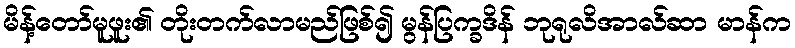
မိန့်တော်မူဖူး၏ တိုးတက်လာမည်ဖြစ်၍ မွန်ပြက္ခဒိန် ဘုရုလိအာလ်ဆာ မာန်က